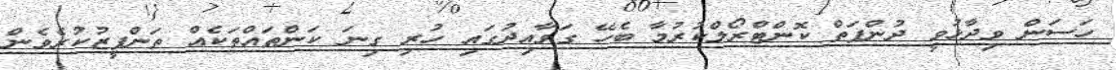
ހަސަން ވިދާޅުވީ ދުންފަތް ކޮންޓްރޯލްކުރުމާ ބެހޭ ގަވާއިދުގައި ހުރި ގިނަ ކަންތައްތަކެއް ތަންފީޒުކުރެވެން